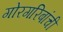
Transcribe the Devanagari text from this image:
गोरगरिबांची